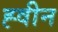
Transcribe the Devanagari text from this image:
ह्वीन